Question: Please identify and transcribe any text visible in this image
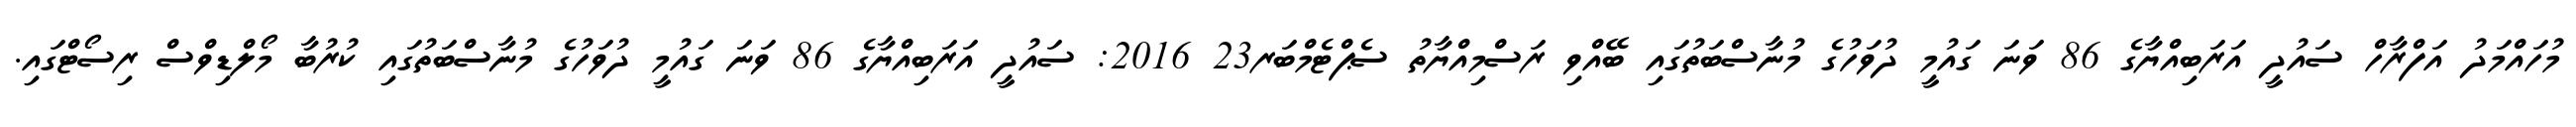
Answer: މުހައްމަދު އަފްރާހް ސައުދީ އަރަބިއްޔާގެ 86 ވަނަ ގައުމީ ދުވަހުގެ މުނާސްބަތުގައި ބޭއްވި ރަސްމިއްޔާތު ސެޕްޓެމްބަރ23 2016: ސައުދީ އަރަބިއްޔާގެ 86 ވަނަ ގައުމީ ދުވަހުގެ މުނާސްބަތުގައި ކުރުބާ މޯލްޑިވްސް ރިސޯޓްގައި.